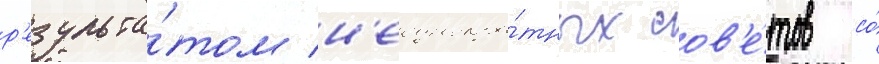
р'езульта́том н'еоднокра́тных сов'е́тов со́